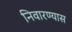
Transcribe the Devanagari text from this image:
निवारण्यास